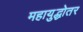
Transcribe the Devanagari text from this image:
महायुद्धोतर